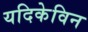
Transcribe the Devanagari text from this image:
यदिकेविन